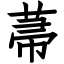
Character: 菷